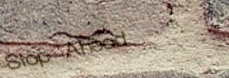
Stop Ahead